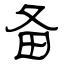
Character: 备